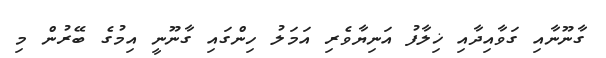
ގާނޫނާއި ގަވާއިދާއި ޚިލާފު އަނިޔާވެރި އަމަލު ހިންގައި ގާނޫނީ އިމުގެ ބޭރުން މި